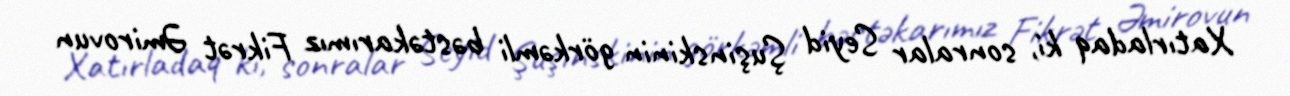
Xatırladaq ki, sonralar Seyid Şuşinskinin görkəmli bəstəkarımız Fikrət Əmirovun